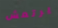
يرتعش